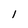
Character: 1